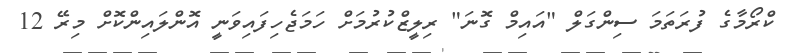
ކްރޯމާގެ ފުރަތަމަ ސިންގަލް "އައިމް ގޮނަ" ރިލީޒްކުރުމަށް ހަމަޖެހިފައިވަނީ އޮންލައިންކޮށް މިރޭ 12